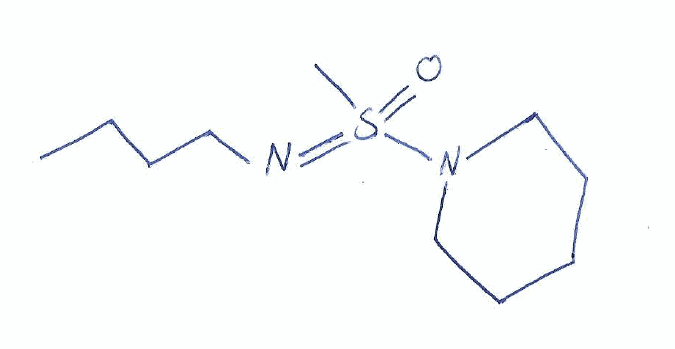
Simplified molecular-input line-entry system (SMILES) notation of the given molecule:
CCCCN=S(=O)(C)N1CCCCC1